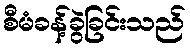
စီမံခန့်ခွဲခြင်းသည်